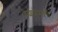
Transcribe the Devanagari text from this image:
देशप्रेमाचे